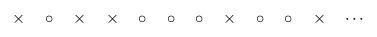
LaTeX: \begin{align*}\times\quad\circ\quad\times\quad\times\quad\circ\quad \circ\quad\circ\quad \times\quad\circ\quad\circ\quad\times\quad\cdots \end{align*}